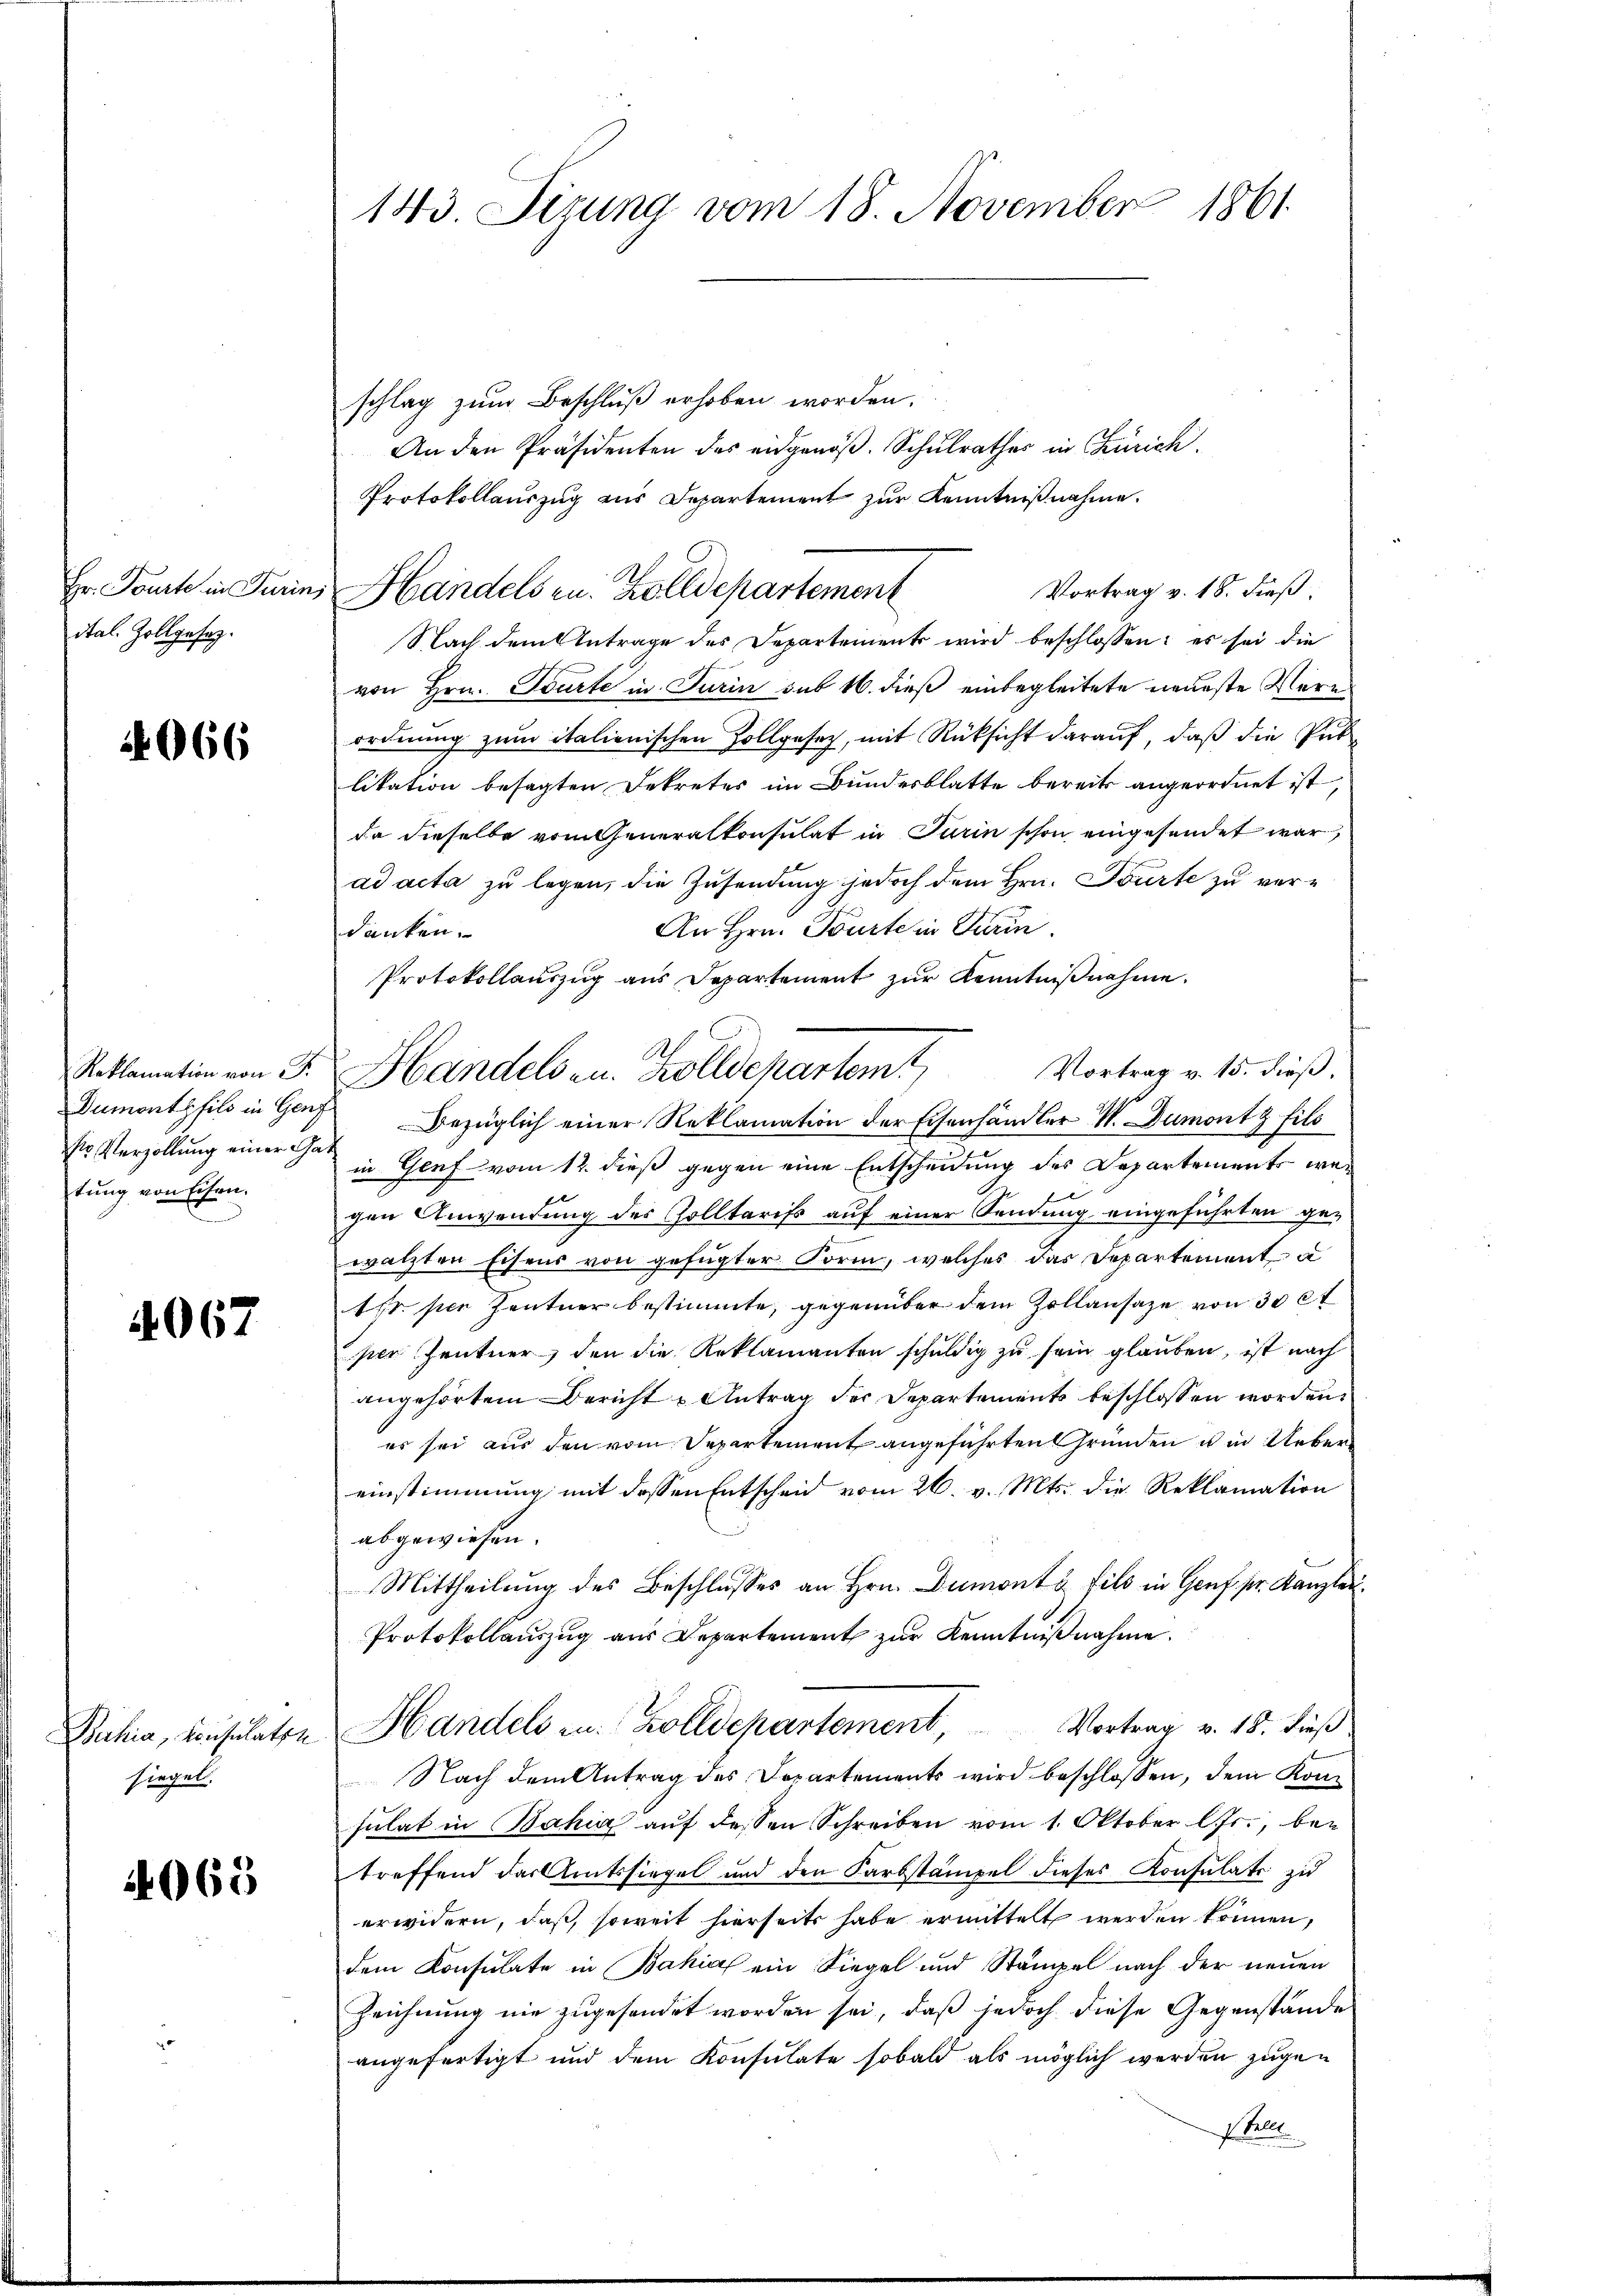
Hr. Tourte in Turin
ital. Zollgesetz.

4066

Reklamation von P.
ss Verzöllung einer Gat
tung von Eisen.

4067

Bahia, Konsulate
siegel.

4065

143. Serung vom 18. November 1861.

schlag zum Beschluß erhoben worden.
An den Präsidenten des eidgenöβ. Schŭlrathes in Zürich.
Protokollauszug aus Departement zur Kenntnißnahme.
Vortrag v. 18. dieß:
Handelsen. Zolldepartement
Nach dem Antrage des Departements wird beschlossen: es sei die
von Hrn. Tourte in Turin sub 16. dieß einbegleitete neueste Wern
ordnung zum italienischen Zollgesetz, mit Rücksicht darauf, daß die Publikation besagten Dekretes im Bundesblatte bereits angeordnet ist,
da dieselbe vom Generalkonsulat in Turin schon eingesendet war,
ad acta zu legen, die Zusendung jedoch dem Hrn. Fürte zu ver¬
An Hrn. Tourte in Turin.
danken.
Protokollauszug aus Departement zur Kenntnißnahme.
Vortrag v. 15. dieß,
Handels zu. Zolldepartem
Dumont fils in Genf bezüglich einer Reklamation der Eisenhändler W. Dumont fils
in Genf vom 12. dieß gegen eine Entscheidung des Departements wegen Anwendung des Zolltariss auf einer Sendung eingeführten gewälzten Eisens von gefügter Form, welches das Departement a
1fr. per Zentner bestimmte, gegenüber dem Zollansaze von 30 et
per Zentner, den die Reklamanten schuldig zu sein glauben, ist nach
angehörtem Bericht u Antrag der Departements beschlossen worden.
es sei aus den vom Departement angeführten Gründen u in Ueber
einstimmung mit dessen Entscheid vom 26. v. Mts. die Reklamation
abgewiesen.
Mittheilung des Beschlusses an Hrn. Dumonts fils in Genf pr. Kanzlei.
Protokollauszug aus Departement zur Kenntnißnahme.
Vortrag v. 18. dieß
Handels zu. Zolldepartement
Nach dem Antrag des Departements wird beschlossen, dem Komsulat in Bahia auf dessen Schreiben vom 1. Oktober lJs., betreffend das Amtssiegel und den Karbstämpel dieses Konsulati zu
erwidern, daß, soweit hierseits habe ermittelt werden können,
dem Konsulate in Bahia ein Siegel und Stämpel nach der neuen
Zeichnung nie zugesendet worden sei, daß jedoch diese Gegenstände
angefertigt und dem Konsulate sobald als möglich werden zugen
f. Galle